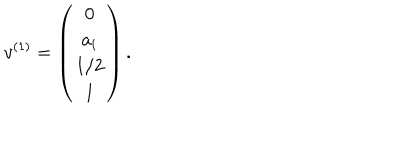
v ^ { ( 1 ) } = \left( \begin{array} { c c c } { { { \bf 0 } } } \\ { { a _ { i } } } \\ { { 1 / 2 } } \\ { { 1 } } \\ \end{array} \right) .